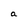
Character: a